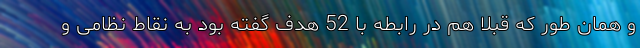
و همان طور که قبلا هم در رابطه با 52 هدف گفته بود به نقاط نظامی و